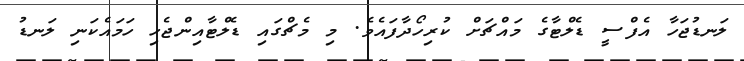
ލަނޑުޖަހާ އެފްސީ ޑެލްޓާގެ މައްޗަށް ކުރިހޯދާފައެވެ. މި މެޗްގައި ޑެލްޓާއިންޖެހި ހަމައެކަނި ލަނޑު